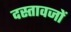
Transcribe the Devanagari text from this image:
दस्तावजों